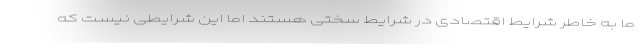
ما به خاطر شرایط اقتصادی در شرایط سختی هستند اما این شرایطی نیست که